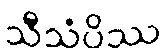
သီသံပိဿ